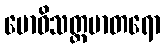
ဗောဓိသတ္တမာတရော